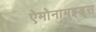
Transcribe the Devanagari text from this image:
ऐमोनाम्‌इड्स